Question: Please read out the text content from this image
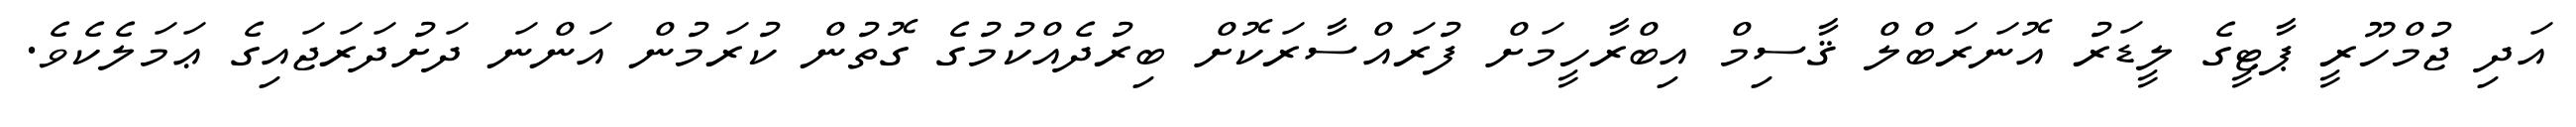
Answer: އަދި ޖުމްހޫރީ ޕާޓީގެ ލީޑަރު އޮނަރަބްލް ޤާސިމް އިބްރާހީމަށް ފުރައްސާރަކޮށް ބިރުދެއްކުމުގެ ގޮތުން ކުރަމުން އަންނަ ދަށުދަރަޖައިގެ ޢަމަލެކެވެ.